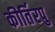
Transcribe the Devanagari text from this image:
कीर्तिरपु